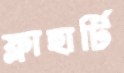
ফ্লাহার্টি